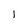
Character: 1